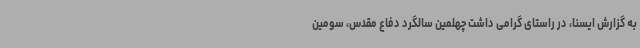
به گزارش ایسنا، در راستای گرامی داشت چهلمین سالگرد دفاع مقدس، سومین